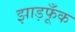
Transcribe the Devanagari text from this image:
झाड़फूँक